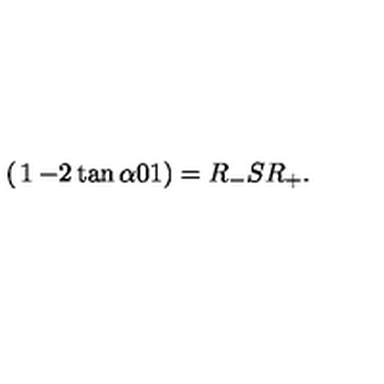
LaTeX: \left( \begin{matrix} { 1 } & { - 2 \tan \alpha } \\ { 0 } & { 1 } \\ \end{matrix} \right) = R _ { - } S R _ { + } .